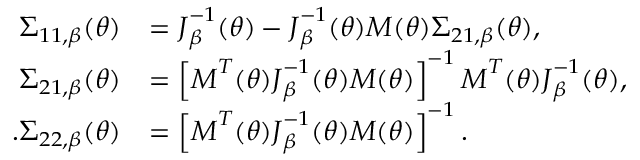
\begin{array} { r l } { \boldsymbol { \Sigma } _ { 1 1 , \beta } ( \boldsymbol { \theta } ) } & { = \boldsymbol { J } _ { \beta } ^ { - 1 } ( \boldsymbol { \theta } ) - \boldsymbol { J } _ { \beta } ^ { - 1 } ( \boldsymbol { \theta } ) \boldsymbol { M } ( \boldsymbol { \theta } ) \boldsymbol { \Sigma } _ { 2 1 , \beta } ( \boldsymbol { \theta } ) , } \\ { \boldsymbol { \Sigma } _ { 2 1 , \beta } ( \boldsymbol { \theta } ) } & { = \left[ \boldsymbol { M } ^ { T } ( \boldsymbol { \theta } ) \boldsymbol { J } _ { \beta } ^ { - 1 } ( \boldsymbol { \theta } ) \boldsymbol { M } ( \boldsymbol { \theta } ) \right] ^ { - 1 } \boldsymbol { M } ^ { T } ( \boldsymbol { \theta } ) \boldsymbol { J } _ { \beta } ^ { - 1 } ( \boldsymbol { \theta } ) , } \\ { . \boldsymbol { \Sigma } _ { 2 2 , \beta } ( \boldsymbol { \theta } ) } & { = \left[ \boldsymbol { M } ^ { T } ( \boldsymbol { \theta } ) \boldsymbol { J } _ { \beta } ^ { - 1 } ( \boldsymbol { \theta } ) \boldsymbol { M } ( \boldsymbol { \theta } ) \right] ^ { - 1 } . } \end{array}